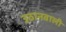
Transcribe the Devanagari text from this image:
उठानवाली